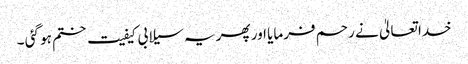
خدا تعالیٰ نے رحم فرمایا اور پھر یہ سیلابی کیفیت ختم ہو گئی ۔